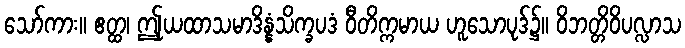
သော်ကား။ ဧတ္ထ၊ ဤုယထာသမာဒိန္နံသိက္ခပဒံ ဝီတိက္ကမာယ ဟူသောပုဒ်၌။ ဝိဘတ္တိဝိပလ္လာသ